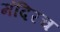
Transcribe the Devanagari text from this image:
मंदिरच